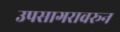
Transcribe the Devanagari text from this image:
उपसागरावरून